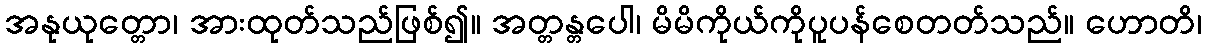
အနုယုတ္တော၊ အားထုတ်သည်ဖြစ်၍။ အတ္တန္တပေါ၊ မိမိကိုယ်ကိုပူပန်စေတတ်သည်။ ဟောတိ၊